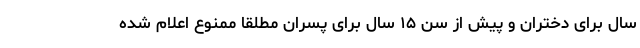
سال برای دختران و پیش از سن ۱۵ سال برای پسران مطلقا ممنوع اعلام شده